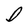
Character: D